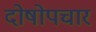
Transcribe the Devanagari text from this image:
दोषोपचार